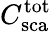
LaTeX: C_{\mathrm{sca}}^{\mathrm{tot}}